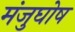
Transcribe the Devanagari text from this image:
मंजुघोष